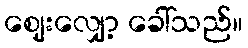
ဈေးလျှော့ ခေါ်သည်။